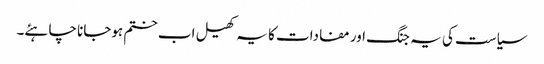
سیاست کی یہ جنگ اور مفادات کا یہ کھیل اب ختم ہوجانا چاہئے۔